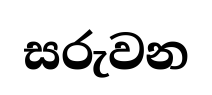
සරුවන